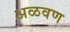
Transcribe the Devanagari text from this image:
अळवण